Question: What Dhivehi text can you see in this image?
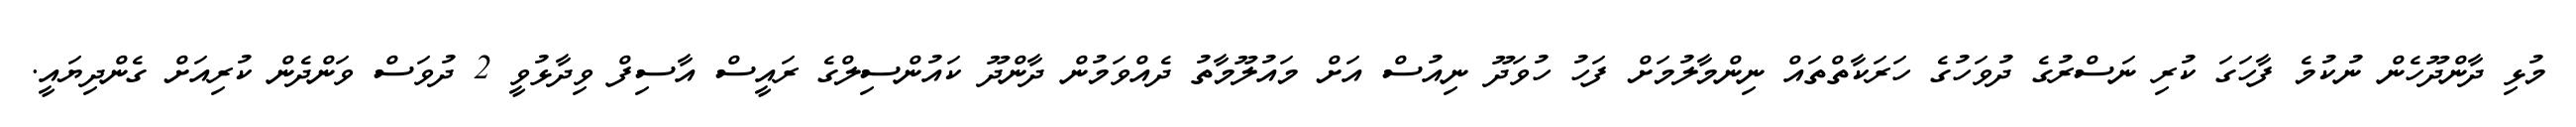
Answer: މުޅި ދާންދޫހެން ނުކުމެ ފާހަގަ ކުރި ނަސްރުގެ ދުވަހުގެ ހަރަކާތްތައް ނިންމާލުމަށް ފަހު ހުވަދޫ ނިއުސް އަށް މައުލޫމާތު ދެއްވަމުން ދާންދޫ ކައުންސިލްގެ ރައީސް އާސިފް ވިދާޅުވީ 2 ދުވަސް ވަންދެން ކުރިއަށް ގެންދިޔައީ.